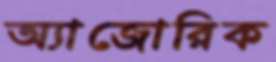
অ্যাজোরিক